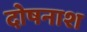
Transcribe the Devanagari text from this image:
दोषनाश